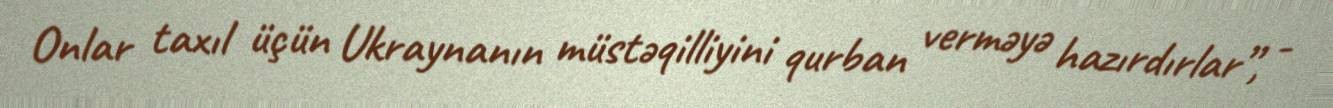
Onlar taxıl üçün Ukraynanın müstəqilliyini qurban verməyə hazırdırlar”, -